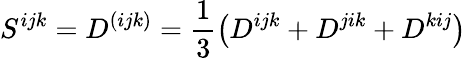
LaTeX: S^{ijk}=D^{(ijk)}=\frac 13\left(D^{ijk}+D^{jik}+D^{kij}\right)